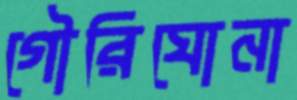
গৌরিঘোনা